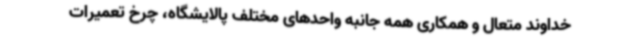
خداوند متعال و همکاری همه جانبه واحدهای مختلف پالایشگاه، چرخ تعمیرات